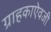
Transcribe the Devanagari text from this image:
ग्राहकाऐवजी